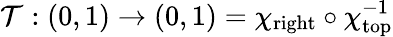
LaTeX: \mathcal{T}:(0,1)\rightarrow(0,1)=\chi_{\mathrm{{right}}}\circ\chi_{\mathrm{{top}}}^{-1}